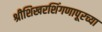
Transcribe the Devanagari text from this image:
श्रीशिखरशिंगणापूरच्या